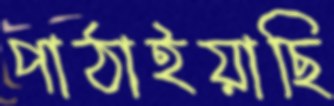
পাঠাইয়াছি